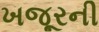
ખજૂરની